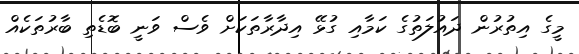
މީގެ އިތުރުން ދައުލަތުގެ ކަމާއި ގުޅޭ އިދާރާތަކަށް ވެސް ވަނީ ބޮޑެތި ބާރުތަކެއް